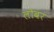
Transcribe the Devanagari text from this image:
लोबर